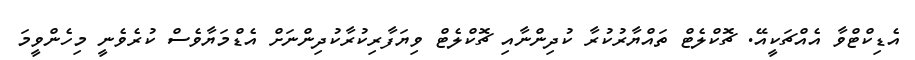
އެޑިކްޓްވާ އެއްޗަކީއޭ. ޗޮކްލެޓް ތައްޔާރުކުރާ ކުދިންނާއި ޗޮކްލެޓް ވިޔަފާރިކުރާކުދިންނަށް އެޑްމަޔާވެސް ކުރެވެނީ މިހެންވީމަ